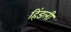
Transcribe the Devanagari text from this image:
हिंडली